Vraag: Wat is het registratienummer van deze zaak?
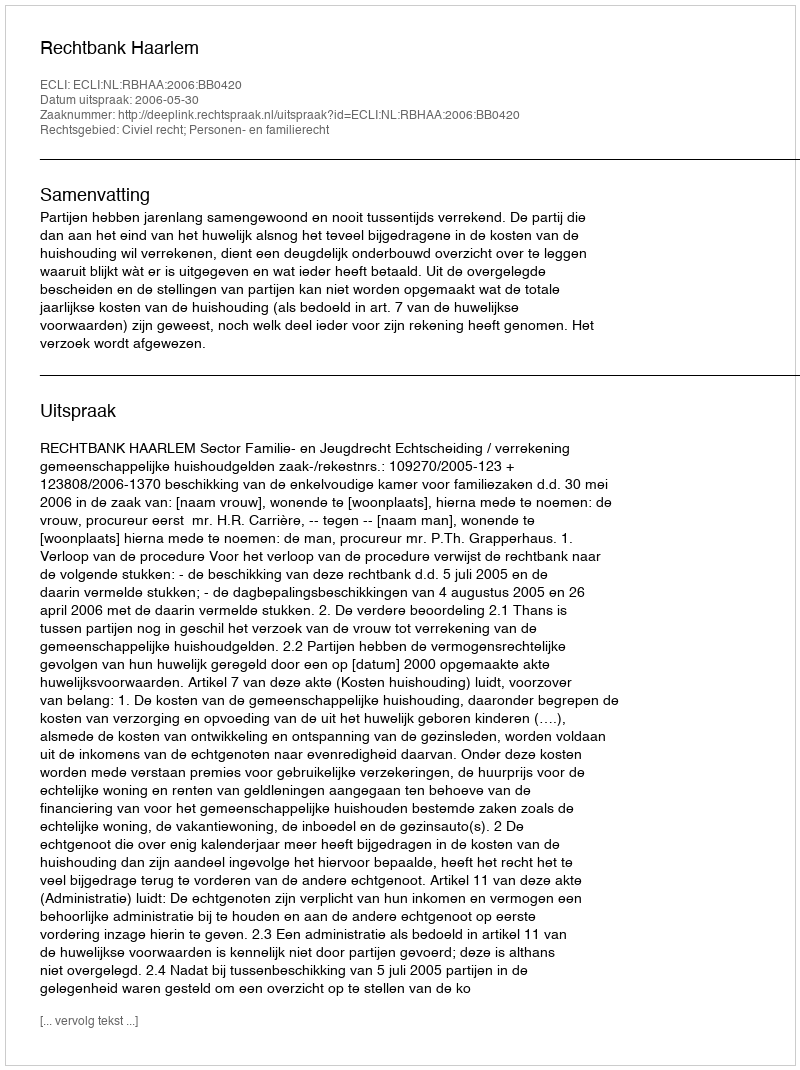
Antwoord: http://deeplink.rechtspraak.nl/uitspraak?id=ECLI:NL:RBHAA:2006:BB0420